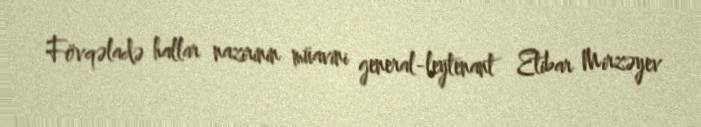
Fövqəladə hallar nazirinin müavini general-leytenant Etibar Mirzəyev